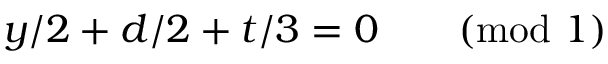
y / 2 + d / 2 + t / 3 = 0 \qquad ( \mathrm { m o d } \ 1 )